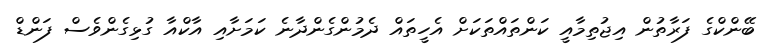
ބޭންކްގެ ފަރާތުން އިޖުތިމާއީ ކަންތައްތަކަށް އެހީތައް ދެމުންގެންދާނެ ކަމަށާއި އާކްއާ ގުޅިގެންވެސް ފަންޑް